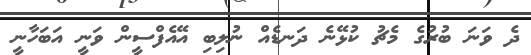
ދެ ވަނަ ބުރުގެ މެޗު ކުޅޭނެ ދަނޑެއް ނުލިބި އޭއެފްސީން ވަނީ އަބަހާނީ